Vaccine operations Central Provinces 1886-1899 - 1886-1899
Year: 1886
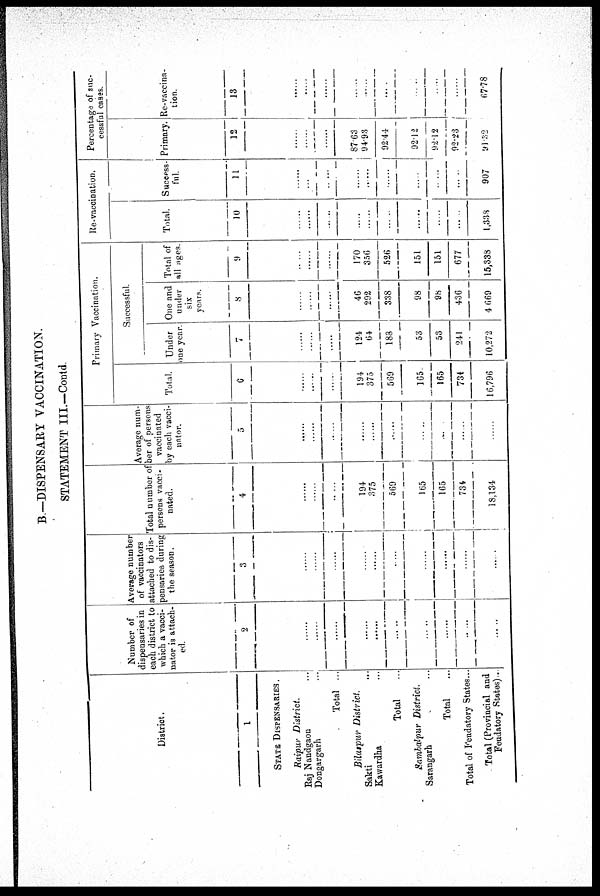
B.— DISPENSARY VACCINATION.
STATEMENT III.—Contd.
District.
1
STATE DISPENSARIES .
Raipur District.
Raj Nandgaon ...
Dongargarh ...
Total ...
BilaspurDistrict.
Sakti ...
Kawardha ...
Total
Sambalpur District.
Sarangarh ...
Total
Total of Feudatory States...
Total (Provincial and
Feudatory States)...
Number of
dispensaries in
each district to
which a vacci-
nator is attach-
ed.
2
......
......
......
......
......
......
......
......
......
......
......
Average number
of vaccinators
attached to dis-
pensaries during
the season.
3
......
......
......
......
......
......
......
......
......
......
......
Total number of
persons vacci-
nated.
4
......
......
194
375
569
......
165
165
734
18,134
Average num-
ber of persons
vaccinated
by each vacci-
nator.
5
......
......
......
......
......
......
......
......
......
......
......
Primary Vaccination.
Total.
6
......
......
194
375
569
......
165
165
734
16,796
Successful.
Under
one year.
7
......
.......
......
124
64
188
......
53
53
241
10,272
One and
under
six
years.
8
......
......
......
46
292
338
......
98
98
436
4,669
Total of
all ages.
9
......
......
......
170
356
526
......
151
151
677
15,338
Re-vaccination.
Total.
10
......
......
......
......
......
......
......
......
......
......
1,338
Success-
ful.
11
......
......
......
......
......
......
......
......
......
......
907
Percentage of suc¬
cessful cases.
Primary.
12
......
......
......
87.63
94.93
92.44
......
92.12
92.12
92.23
91.82
Re-vaccins
tion.
13
......
......
......
......
......
......
......
......
......
......
67.78